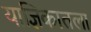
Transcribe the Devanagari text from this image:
याज्ञिकातला